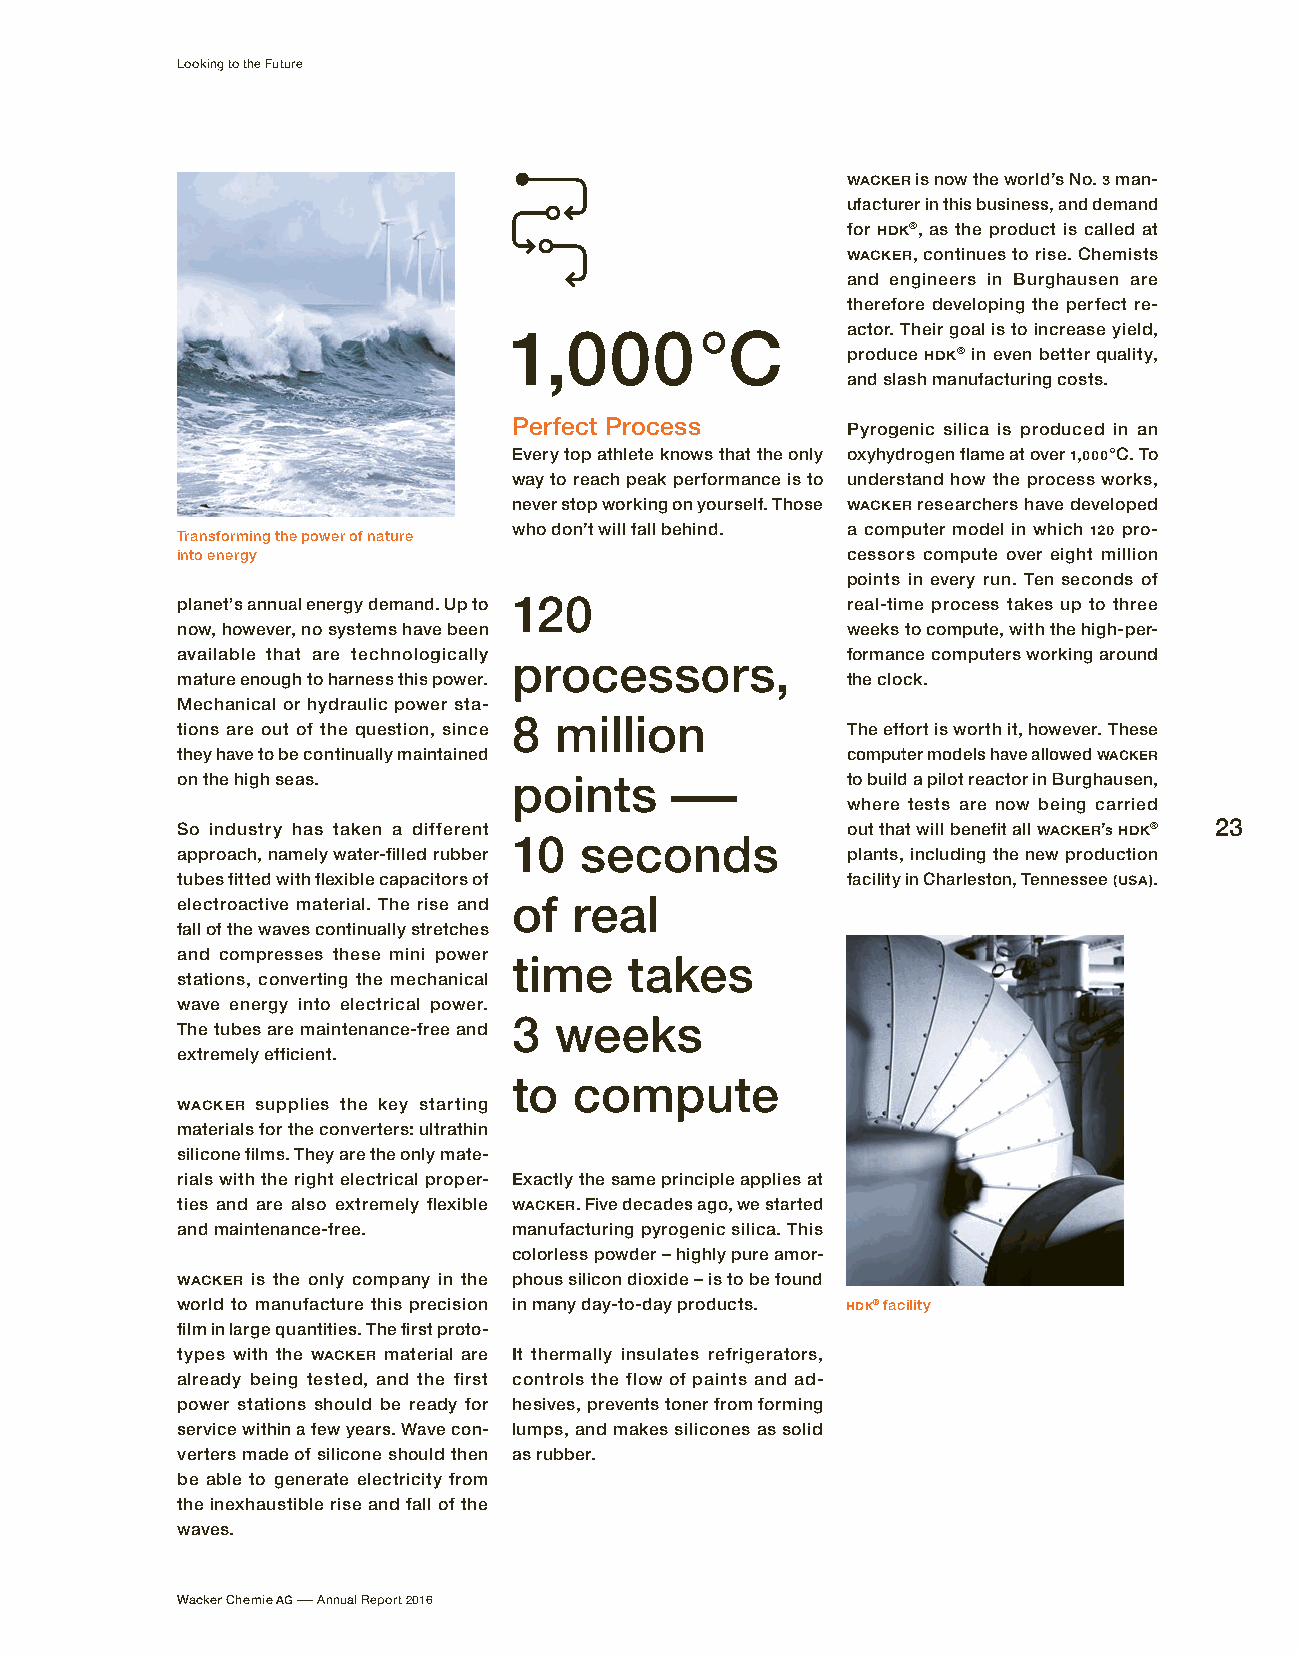
Looking to the Future
 WACKER is now the world’s No. 3 man-
 ufacturer in this business, and demand
 for HDK®, as the product is called at
 WACKER, continues to rise. Chemists
 and engineers in Burg hausen are
 therefore developing the perfect re-
 1 ,000      °C        actor. Their goal is to increase yield,
 produce HDK® in even better quality,
 and slash manufacturing costs.
 Perfect Process       Pyrogenic silica is produced in an
 Every top athlete knows that the only oxyhydrogen flame at over 1,000 °C. To
 way to reach peak performance is to understand how the process works,
 never stop working on yourself. Those WACKER researchers have developed
 who don’t will fall behind. a computer model in which 120 pro-
 Transforming the power of nature
 into energy                                 cessors compute over eight million
 points in every run. Ten seconds of
 planet’s annual energy demand. Up to 120    real-time process takes up to three
 now, however, no systems have been          weeks to compute, with the high-per-
 available that are technologically          formance computers working around
 processors,
 mature enough to harness this power.        the clock.
 Mechanical or hydraulic power sta-
 8  million
 tions are out of the question, since        The effort is worth it, however. These
 they have to be continually maintained      computer models have allowed WACKER
 on the high seas.     points    –           to build a pilot reactor in Burghausen,
 where tests are now being carried
 So industry has taken a different           out that will benefit all WACKER’s HDK® 23
 10  seconds
 approach, namely water-filled rubber        plants, including the new production
 tubes fitted with flexible capacitors of    facility in Charleston, Tennessee (USA).
 electroactive material. The rise and of real
 fall of the waves continually stretches
 and compresses these mini power
 time    takes
 stations, converting the mechanical
 wave energy into electrical power.
 3  weeks
 The tubes are maintenance-free and
 extremely efficient.
 to  compute
 WACKER supplies the key starting
 materials for the converters: ultrathin
 silicone films. They are the only mate-
 rials with the right electrical proper- Exactly the same principle applies at
 ties and are also extremely flexible WACKER. Five decades ago, we started
 and maintenance-free. manufacturing pyrogenic silica. This
 colorless powder – highly pure amor-
 WACKER is the only company in the phous silicon dioxide – is to be found
 world to manufacture this precision in many day-to-day products. HDK® facility
 film in large quantities. The first proto-
 types with the WACKER material are It thermally insulates refrigerators,
 already being tested, and the first controls the flow of paints and ad-
 power stations should be ready for hesives, prevents toner from forming
 service within a few years. Wave con- lumps, and makes silicones as solid
 verters made of silicone should then as rubber.
 be able to generate electricity from
 the inexhaustible rise and fall of the
 waves.
 Wacker Chemie AG – Annual Report 2016